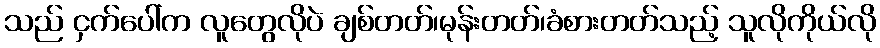
သည် ငှက်ပေါ်က လူတွေလိုပဲ ချစ်တတ်၊မုန်းတတ်၊ခံစားတတ်သည့် သူလိုကိုယ်လို